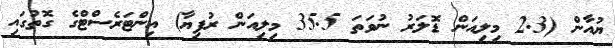
ޔުއާން (2.3 މިލިއަން ޑޮލަރު ނުވަތަ 35.5 މިލިއަން ރުފިޔާ) އިންޓަރެސްޓްގެ ގޮތުގައި